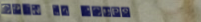
Open 24 Hours